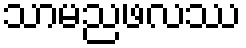
သာမညဖလဿ